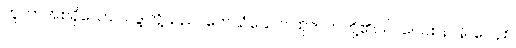
ဘူတာအစရှိသော သဒ္ဒါတို့သည်။ တေသံယေဝ၊ ထိုဇာတတို့၏ပင်။ ဝေဝစနာနိ၊ ဝေဝုစ်